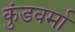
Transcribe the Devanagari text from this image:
कुंडवर्मा